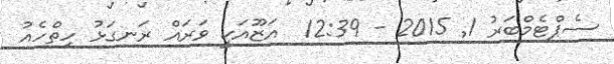
ސެޕްޓެމްބަރު 1